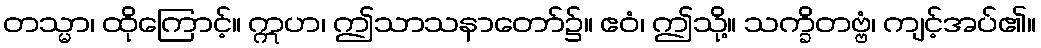
တသ္မာ၊ ထိုကြောင့်။ ဣဟ၊ ဤသာသနာတော်၌။ ဧဝံ၊ ဤသို့။ သက္ခိတဗ္ဗံ၊ ကျင့်အပ်၏။